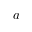
a